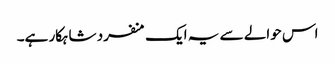
اس حوالے سے یہ ایک منفرد شاہکار ہے۔